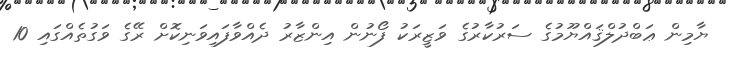
ޔާމިން ޢަބްދުލްޤައްޔޫމުގެ ސަރުކާރުގެ ވަޒީރަކު ފޯނުން އިންޒާރު ދެއްވާފައިވަނިކޮށް ރޭގެ ވަގުތެއްގައި 10